Annual report of the Imperial Bacteriological Laboratory, Muktesar
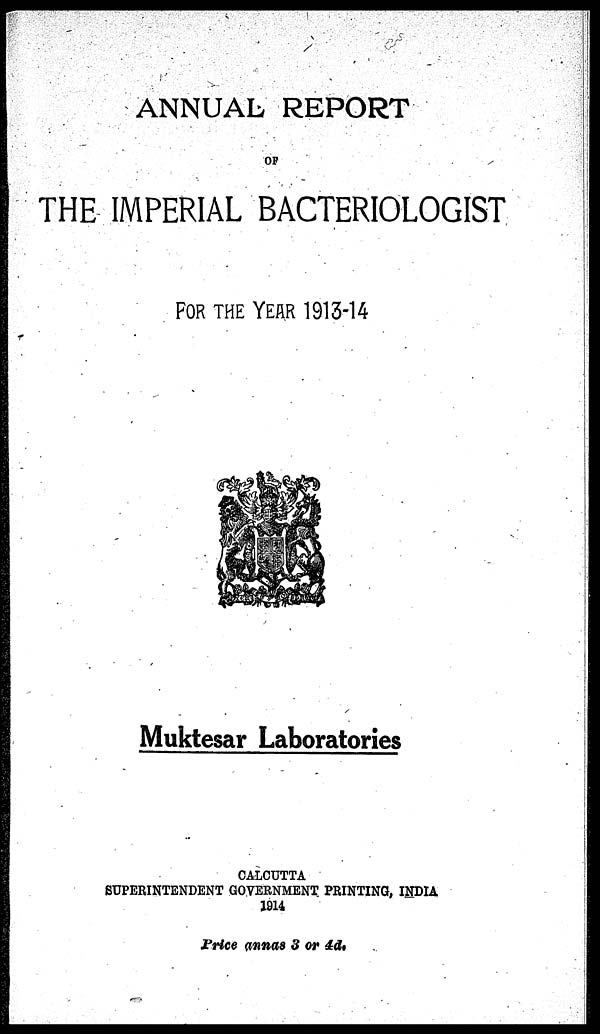
ANNUAL REPORT
OF
THE IMPERIAL BACTERIOLOGIST
FOR THE YEAR 1913-14
Muktesar Laboratories
CALCUTTA
SUPERINTENDENT GOVERNMENT PRINTING, INDIA
1914
Price annas 3 or 4d.